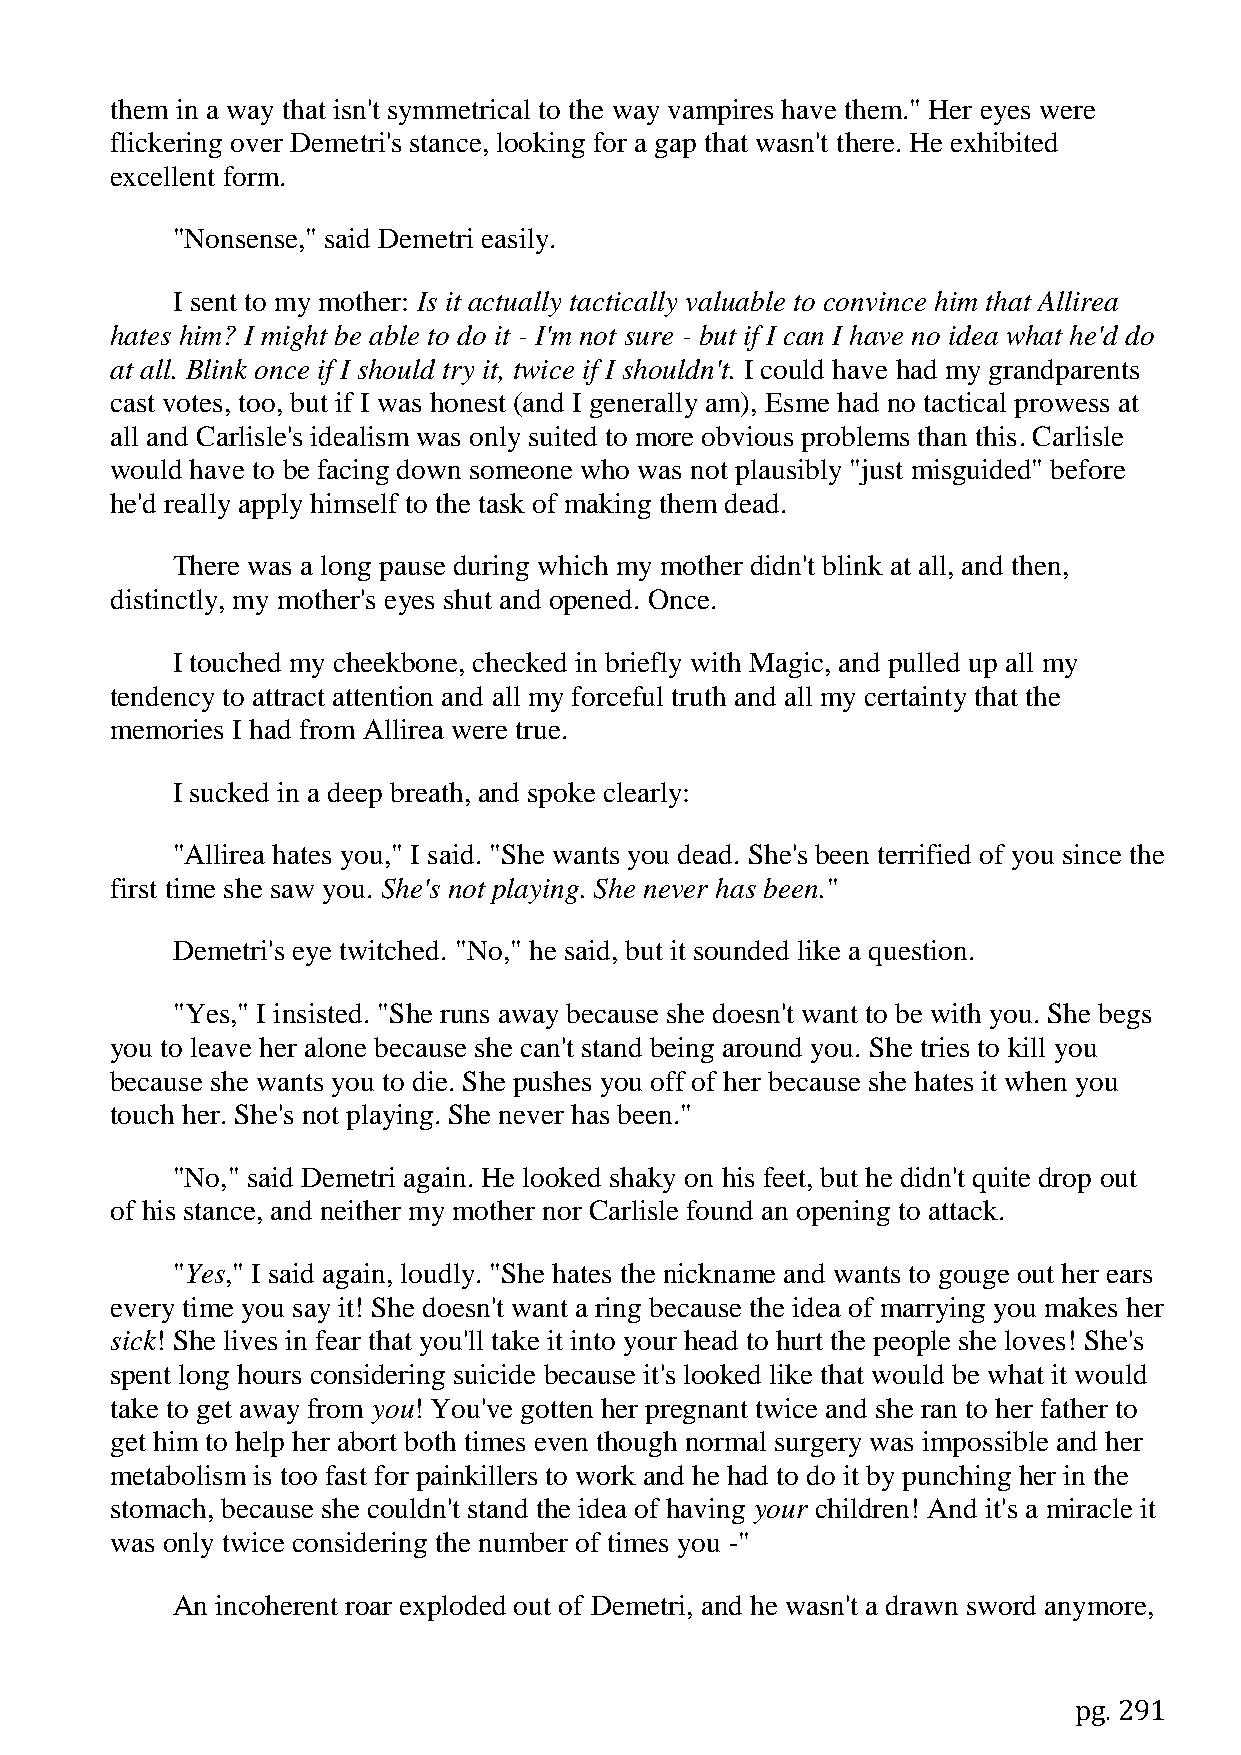
them in a way that isn't symmetrical to the way vampires have them." Her eyes were
 flickering over Demetri's stance, looking for a gap that wasn't there. He exhibited
 excellent form.
 "Nonsense," said Demetri easily.
 I sent to my mother: Is it actually tactically valuable to convince him that Allirea
 hates him? I might be able to do it - I'm not sure - but if I can I have no idea what he'd do
 at all. Blink once if I should try it, twice if I shouldn't. I could have had my grandparents
 cast votes, too, but if I was honest (and I generally am), Esme had no tactical prowess at
 all and Carlisle's idealism was only suited to more obvious problems than this. Carlisle
 would have to be facing down someone who was not plausibly "just misguided" before
 he'd really apply himself to the task of making them dead.
 There was a long pause during which my mother didn't blink at all, and then,
 distinctly, my mother's eyes shut and opened. Once.
 I touched my cheekbone, checked in briefly with Magic, and pulled up all my
 tendency to attract attention and all my forceful truth and all my certainty that the
 memories I had from Allirea were true.
 I sucked in a deep breath, and spoke clearly:
 "Allirea hates you," I said. "She wants you dead. She's been terrified of you since the
 first time she saw you. She's not playing. She never has been."
 Demetri's eye twitched. "No," he said, but it sounded like a question.
 "Yes," I insisted. "She runs away because she doesn't want to be with you. She begs
 you to leave her alone because she can't stand being around you. She tries to kill you
 because she wants you to die. She pushes you off of her because she hates it when you
 touch her. She's not playing. She never has been."
 "No," said Demetri again. He looked shaky on his feet, but he didn't quite drop out
 of his stance, and neither my mother nor Carlisle found an opening to attack.
 "Yes," I said again, loudly. "She hates the nickname and wants to gouge out her ears
 every time you say it! She doesn't want a ring because the idea of marrying you makes her
 sick! She lives in fear that you'll take it into your head to hurt the people she loves! She's
 spent long hours considering suicide because it's looked like that would be what it would
 take to get away from you! You've gotten her pregnant twice and she ran to her father to
 get him to help her abort both times even though normal surgery was impossible and her
 metabolism is too fast for painkillers to work and he had to do it by punching her in the
 stomach, because she couldn't stand the idea of having your children! And it's a miracle it
 was only twice considering the number of times you -"
 An incoherent roar exploded out of Demetri, and he wasn't a drawn sword anymore,
 pg. 291